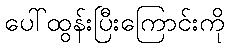
ပေါ်ထွန်းပြီးကြောင်းကို